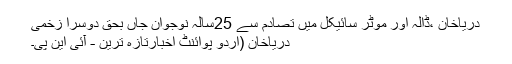
دریاخان ،ڈالہ اور موٹر سائیکل میں تصادم سے 25سالہ نوجوان جاں بحق دوسرا زخمی
دریاخان (اُردو پوائنٹ اخبارتازہ ترین - آئی این پی۔